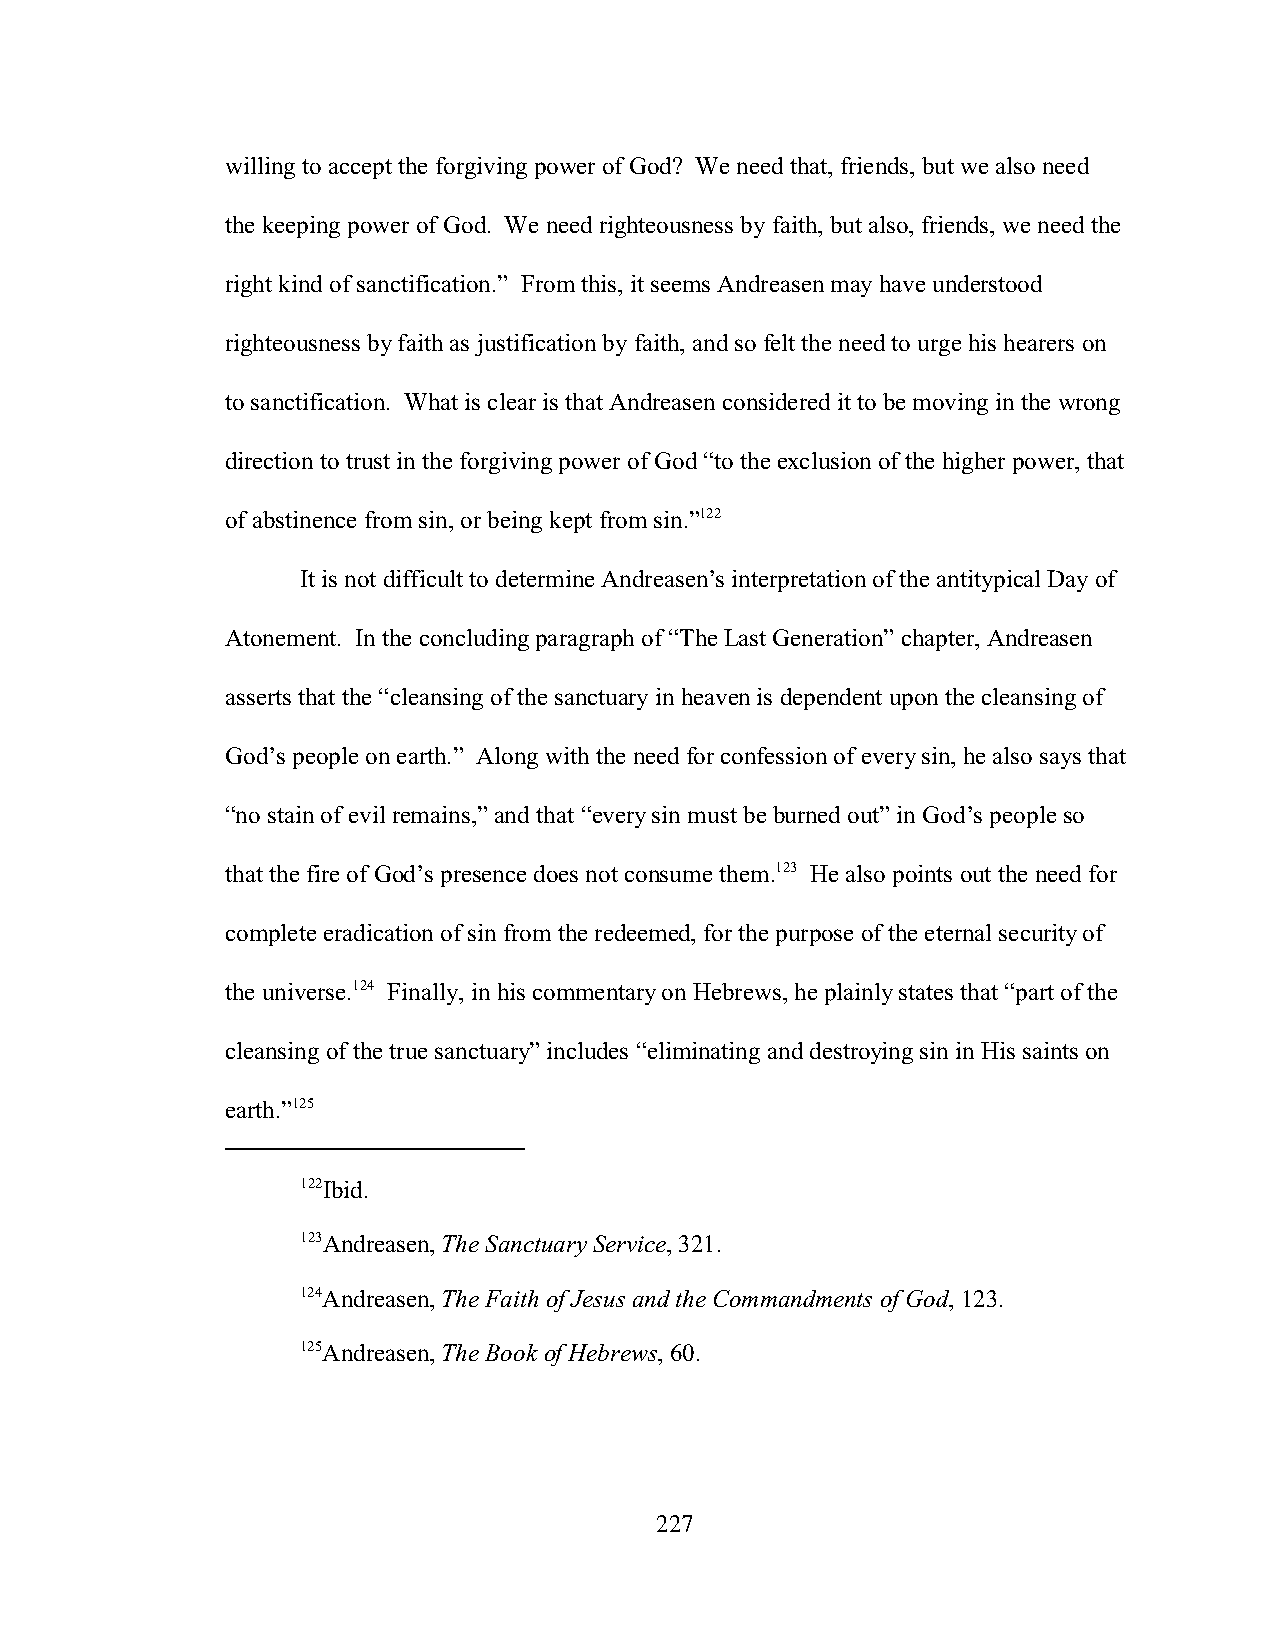
willing to accept the forgiving power of God? We need that, friends, but we also need
 the keeping power of God. We need righteousness by faith, but also, friends, we need the
 right kind of sanctification.” From this, it seems Andreasen may have understood
 righteousness by faith as justification by faith, and so felt the need to urge his hearers on
 to sanctification. What is clear is that Andreasen considered it to be moving in the wrong
 direction to trust in the forgiving power of God “to the exclusion of the higher power, that
 of abstinence from sin, or being kept from sin.”122
 It is not difficult to determine Andreasen’s interpretation of the antitypical Day of
 Atonement. In the concluding paragraph of “The Last Generation” chapter, Andreasen
 asserts that the “cleansing of the sanctuary in heaven is dependent upon the cleansing of
 God’s people on earth.” Along with the need for confession of every sin, he also says that
 “no stain of evil remains,” and that “every sin must be burned out” in God’s people so
 that the fire of God’s presence does not consume them.123 He also points out the need for
 complete eradication of sin from the redeemed, for the purpose of the eternal security of
 the universe.124 Finally, in his commentary on Hebrews, he plainly states that “part of the
 cleansing of the true sanctuary” includes “eliminating and destroying sin in His saints on
 earth.”125
 122Ibid.
 123Andreasen, The Sanctuary Service, 321.
 124Andreasen, The Faith of Jesus and the Commandments of God, 123.
 125Andreasen, The Book of Hebrews, 60.
 227